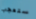
ستعجب